Source: Handwritten
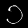
Digit: ၁ (1)